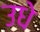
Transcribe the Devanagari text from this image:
उधे